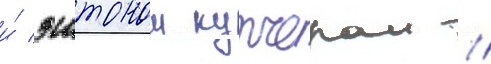
и́ эштоном кутчером //